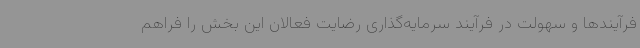
فرآیندها و سهولت در فرآیند سرمایه‌گذاری رضایت فعالان این بخش را فراهم